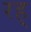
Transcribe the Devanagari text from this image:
रह्